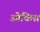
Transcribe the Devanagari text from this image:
ओंकिस